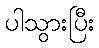
ပါသွားပြီး